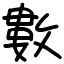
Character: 數